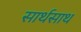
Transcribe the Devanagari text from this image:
सार्थसाथ